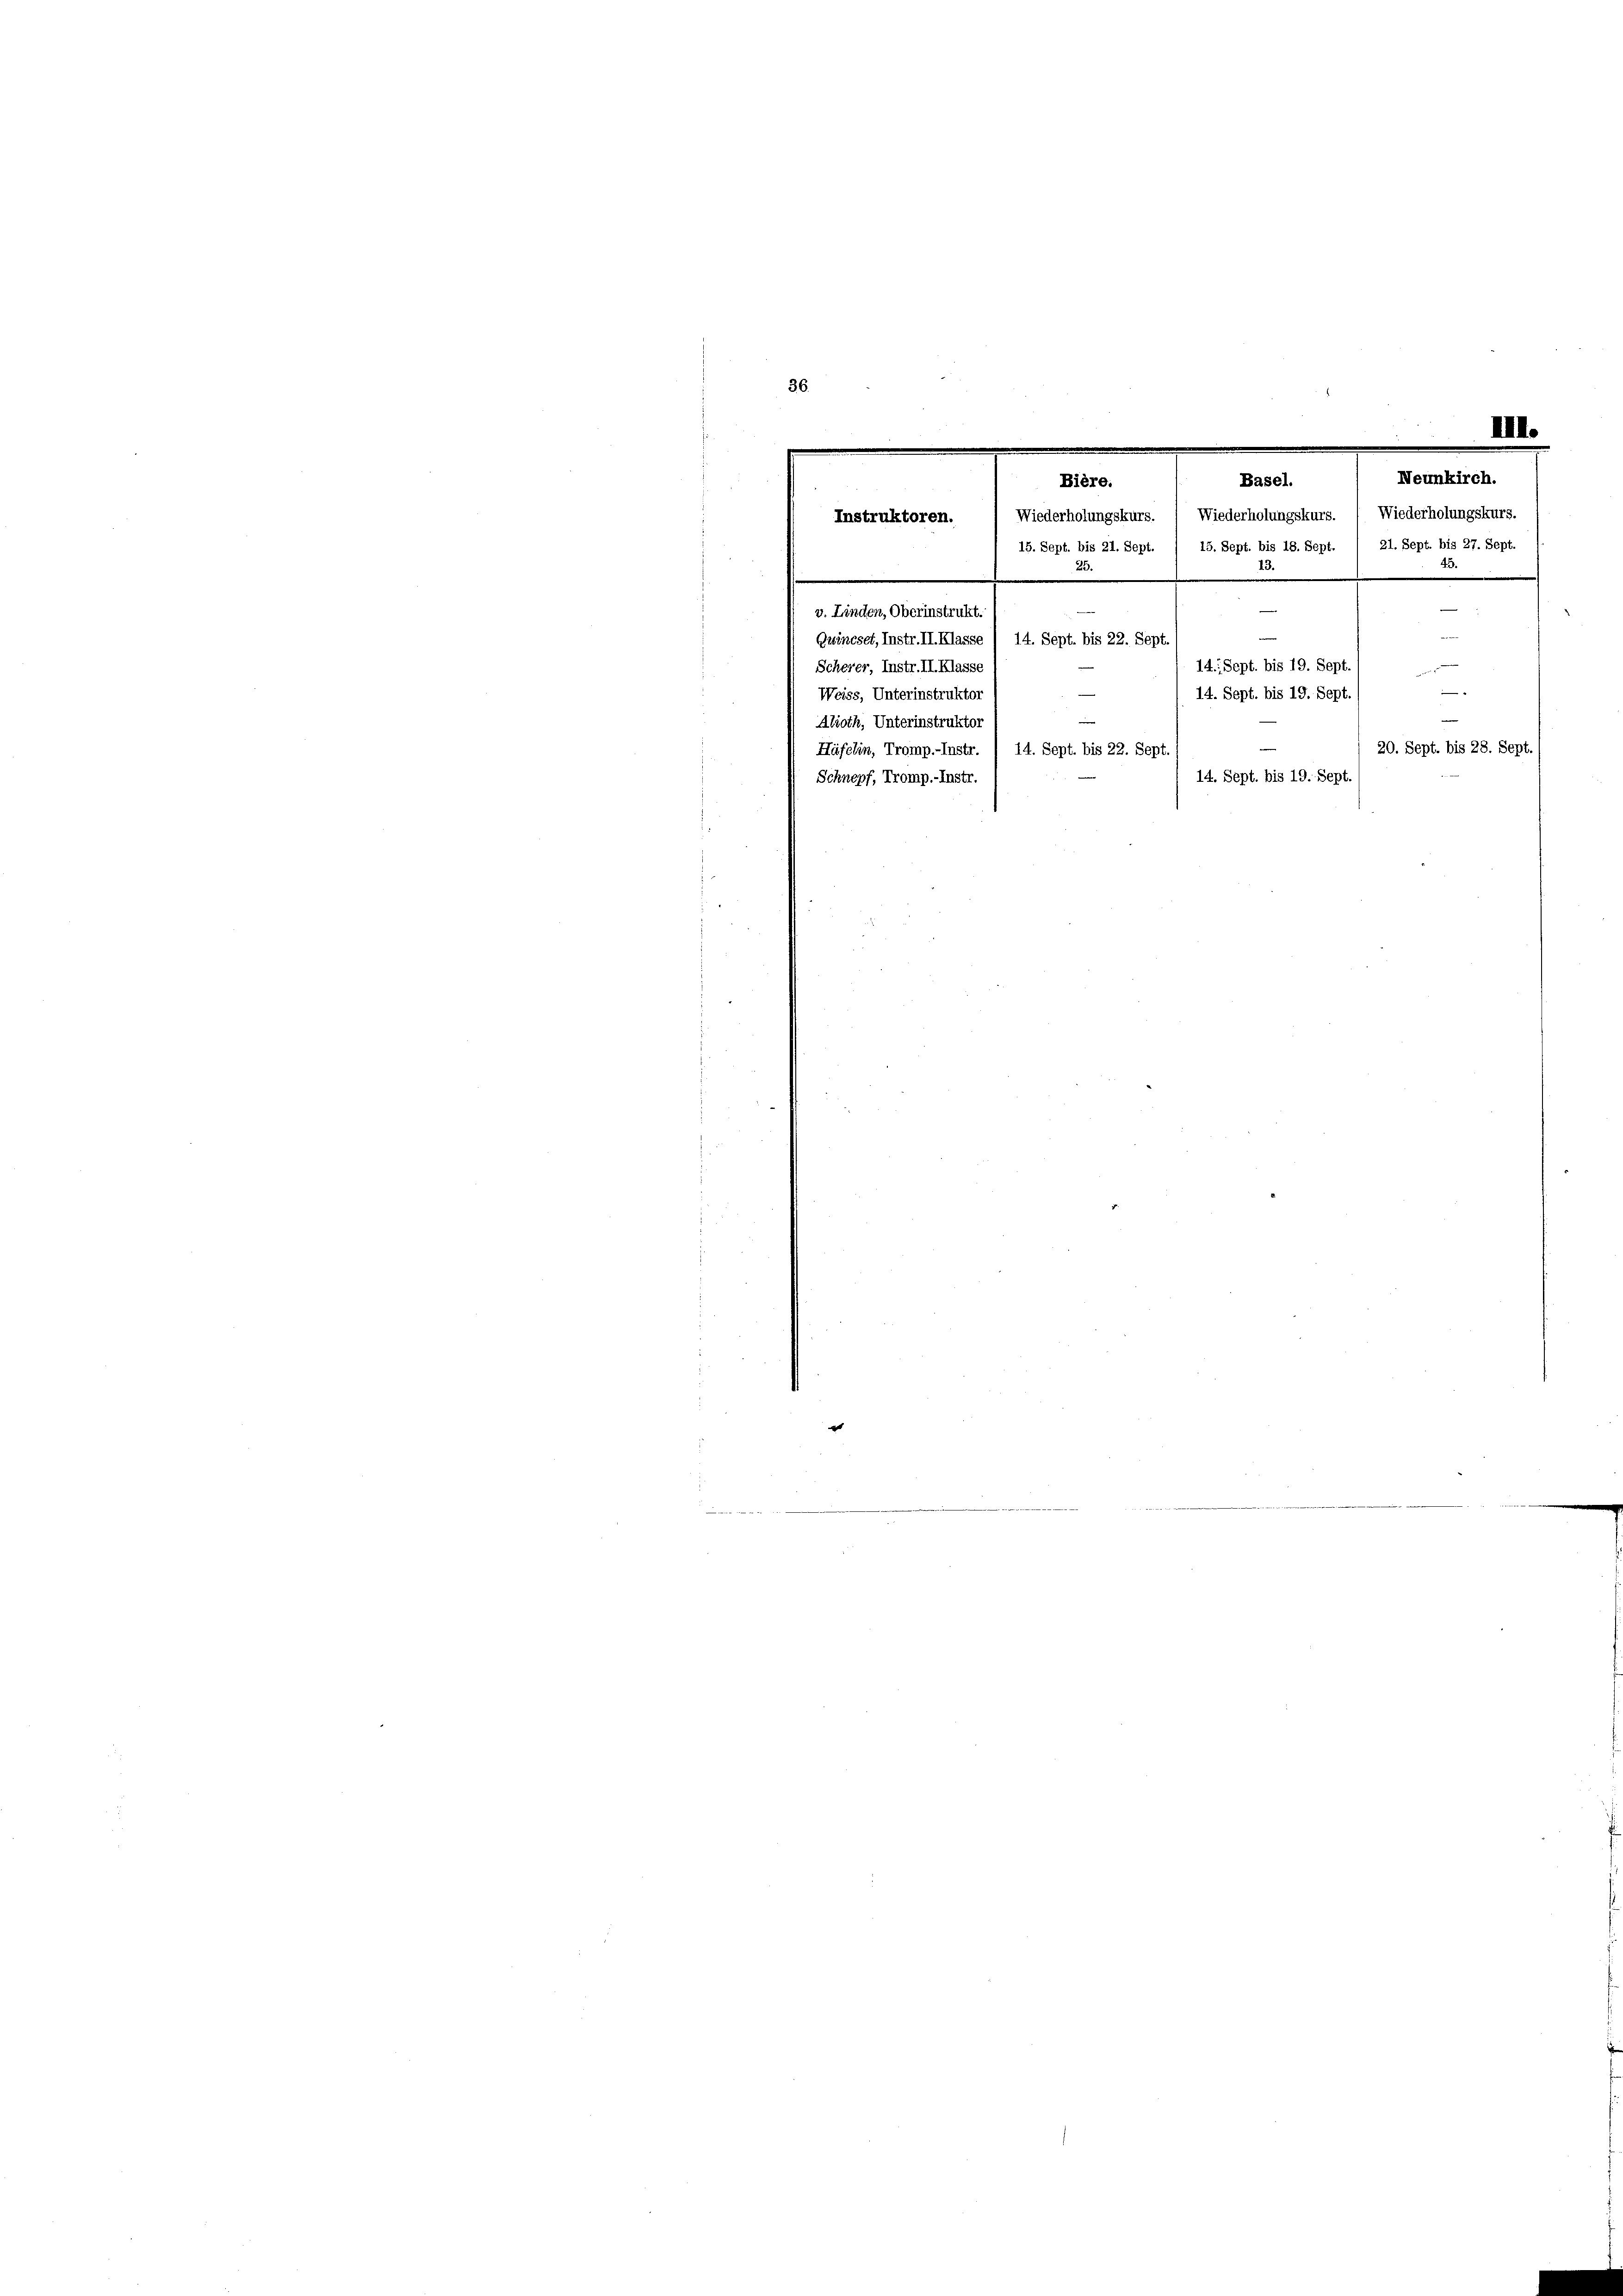
Basel.
Bière.
Instruktoren. / Niederholungskurs. 1 Wiederholungskurs. ( Wiederholungskurs.
15. Sept. bis 21. Sept. / 15. Sept. bis 18. Sept. / 21. Sept. bis 27. Sept.
v. Linden, Oberinstrukt.
Gnincset, Instr. II. Klasse / 14. Sept. bis 22. Sept.

III.
Neunkirch.
2
e
—
e
—
14. Sept. bis 19. Sept
Scherer, Instr. II. Klasse
.
Weiss, Unterinstruktor
14. Sept. bis 19. Sept.
e
Alioth, Unterinstrukto
20. Sept. bis 28. Sept.
Häfelin, Tromp.-Instr. / 14. Sept. bis 22. Sept.
14. Sept. bis 19. Sept.
Schnepf, Tromp.-Instr.

e